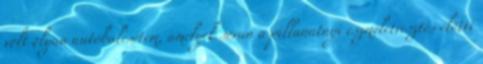
volt olyan autóbalesetem, amelyek során a pillanatnyi eszméletvesztés elõtti